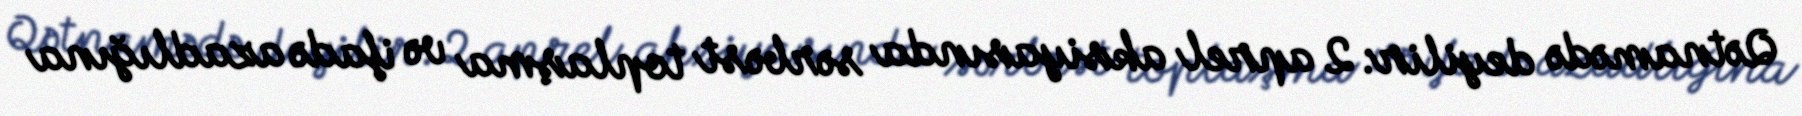
Qətnamədə deyilir: 2 aprel aksiyasında sərbəst toplaşma və ifadə azadlığına